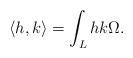
LaTeX: \begin{align*}\langle h, k\rangle = \int_L h k \Omega.\end{align*}